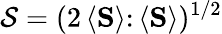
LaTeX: \mathcal{S}=(2\, \langle{\mathbf{S}}\rangle\colon\langle{\mathbf{S}}\rangle)^{1/2}